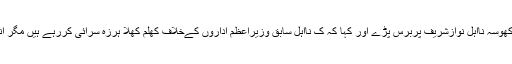
تفصیلات کے مطابق پیپلزپارٹی کے رہنما لطیف کھوسہ نااہل نوازشریف پربرس پڑے اور کہا کہ ک نااہل سابق وزیراعظم اداروں کےخلاف کھلم کھلا ہرزہ سرائی کررہے ہیں مگر انہیں نہ کوئی روکنےوالاہےنہ کوئی پوچھنے والا۔